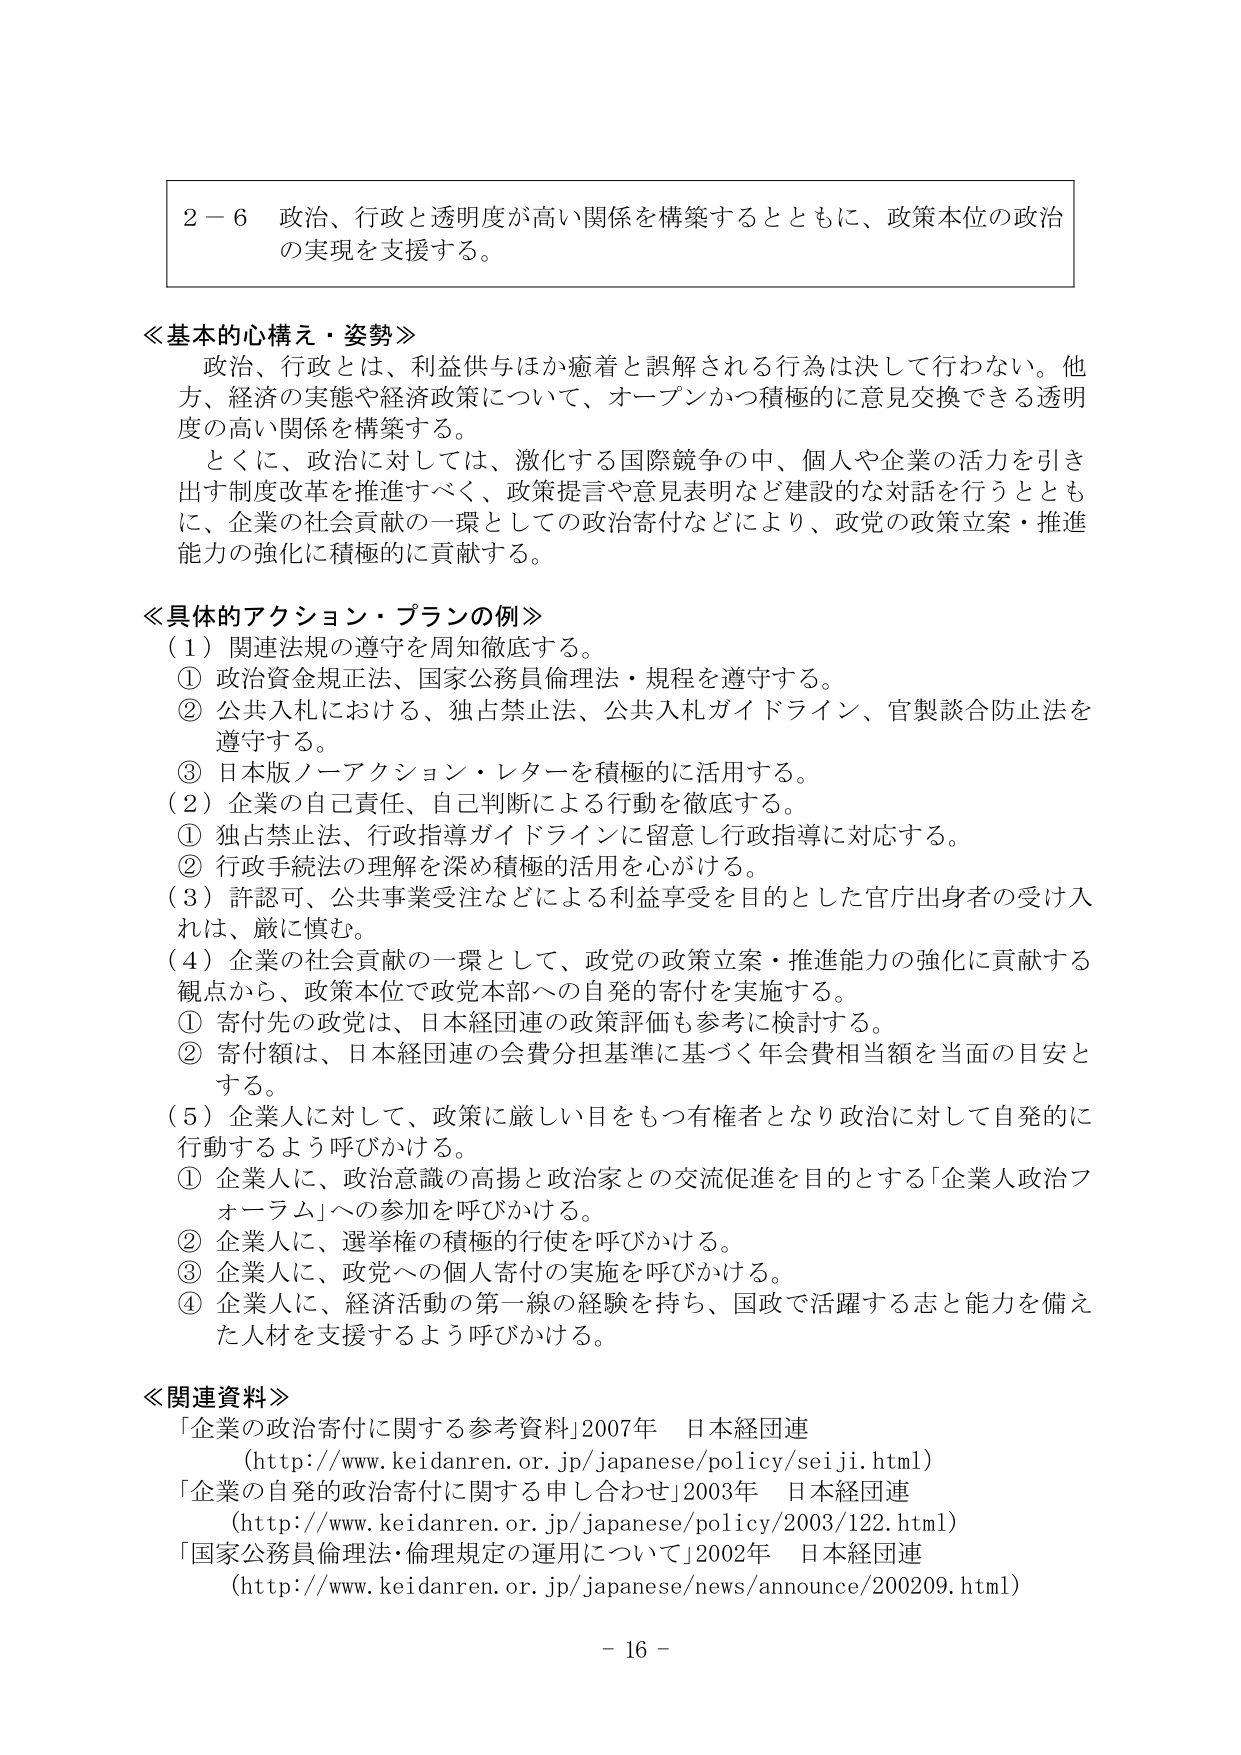
２－６ 政治、行政と透明度が高い関係を構築するとともに、政策本位の政治の実現を支援する。

≪基本的心構え・姿勢≫
政治、行政とは、利益供与ほか癒着と誤解される行為は決して行わない。他方、経済の実態や経済政策について、オープンかつ積極的に意見交換できる透明度の高い関係を構築する。
とくに、政治に対しては、激化する国際競争の中、個人や企業の活力を引き出す制度改革を推進すべく、政策提言や意見表明など建設的な対話を行うとともに、企業の社会貢献の一環としての政治寄付などにより、政党の政策立案・推進能力の強化に積極的に貢献する。

≪具体的アクション・プランの例≫
（１）関連法規の遵守を周知徹底する。
① 政治資金規正法、国家公務員倫理法・規程を遵守する。
② 公共入札における、独占禁止法、公共入札ガイドライン、官製談合防止法を遵守する。
③ 日本版ノーアクション・レターを積極的に活用する。
（２）企業の自己責任、自己判断による行動を徹底する。
① 独占禁止法、行政指導ガイドラインに留意し行政指導に対応する。
② 行政手続法の理解を深め積極的活用を心がける。
（３）許認可、公共事業受注などによる利益享受を目的とした官庁出身者の受け入れは、厳に慎む。
（４）企業の社会貢献の一環として、政党の政策立案・推進能力の強化に貢献する観点から、政策本位で政党本部への自発的寄付を実施する。
① 寄付先の政党は、日本経団連の政策評価も参考に検討する。
② 寄付額は、日本経団連の会費分担基準に基づく年会費相当額を当面の目安とする。
（５）企業人に対して、政策に厳しい目をもつ有権者となり政治に対して自発的に行動するよう呼びかける。
① 企業人に、政治意識の高揚と政治家との交流促進を目的とする「企業人政治フォーラム」への参加を呼びかける。
② 企業人に、選挙権の積極的行使を呼びかける。
③ 企業人に、政党への個人寄付の実施を呼びかける。
④ 企業人に、経済活動の第一線の経験を持ち、国政で活躍する志と能力を備えた人材を支援するよう呼びかける。

≪関連資料≫
「企業の政治寄付に関する参考資料」2007年 日本経団連
（http://www.keidanren.or.jp/japanese/policy/seiji.html）
「企業の自発的政治寄付に関する申し合わせ」2003年 日本経団連
（http://www.keidanren.or.jp/japanese/policy/2003/122.html）
「国家公務員倫理法・倫理規定の運用について」2002年 日本経団連
（http://www.keidanren.or.jp/japanese/news/announce/200209.html）

－ 16 －